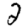
Digit: 2